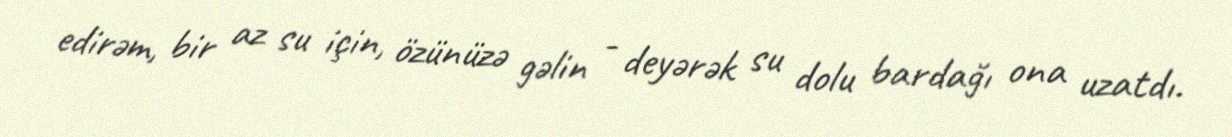
edirəm, bir az su için, özünüzə gəlin - deyərək su dolu bardağı ona uzatdı.